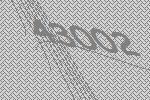
43002